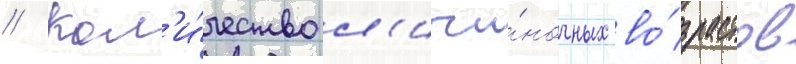
// Кол'и́чество л'ичи́ночных во́зрастов